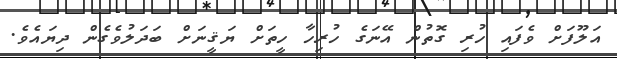
އަލޫފަށް ވެފައި ހުރި ގޮތުން އޭނަގެ ހުރިހާ ހީތަށް ޔަޤީނަށް ބަދަލުވެގެން ދިޔައެވެ.